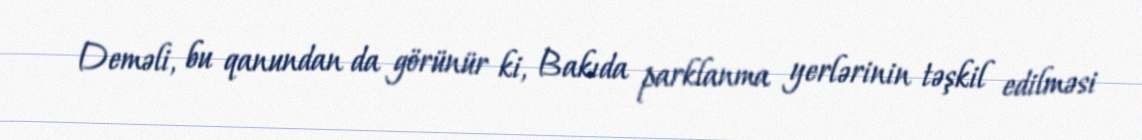
Deməli, bu qanundan da görünür ki, Bakıda parklanma yerlərinin təşkil edilməsi